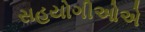
સહયોગીઓએ